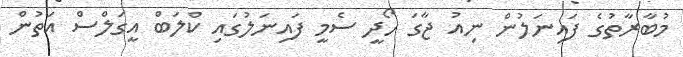
މުބާރާތުގެ ފައިނަލުން ނިއު ޖާގަ ހޯދީ ސެމީ ފައިނަލުގައި ކްލަބް އީގަލްސް އަތުން